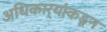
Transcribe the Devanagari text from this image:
अधिकार्‍यांकडून